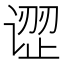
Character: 䜧